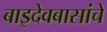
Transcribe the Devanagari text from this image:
बाइदेवबासांचे